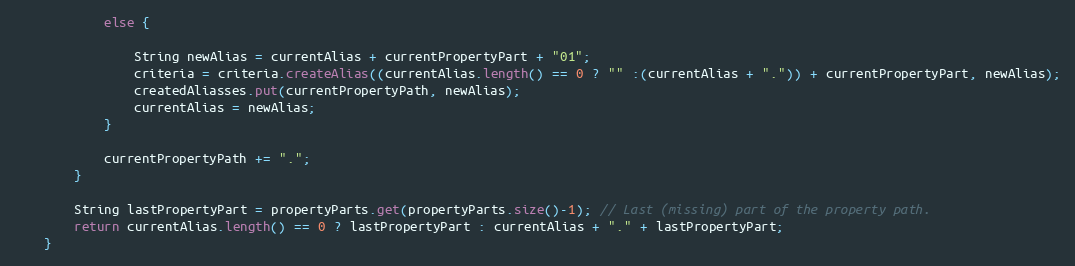
Language: Java
            else {

                String newAlias = currentAlias + currentPropertyPart + "01";
                criteria = criteria.createAlias((currentAlias.length() == 0 ? "" :(currentAlias + ".")) + currentPropertyPart, newAlias);
                createdAliasses.put(currentPropertyPath, newAlias);
                currentAlias = newAlias;
            }

            currentPropertyPath += ".";
        }

        String lastPropertyPart = propertyParts.get(propertyParts.size()-1); // Last (missing) part of the property path.
        return currentAlias.length() == 0 ? lastPropertyPart : currentAlias + "." + lastPropertyPart;
    }